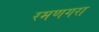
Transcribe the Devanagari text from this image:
रमणगरा